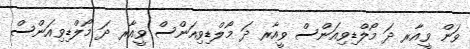
ވަން ވީއާރ ދަ މޯލްޑިވިއަންސް ވީއާރ ދަ މޯލްޑިވިއަންސް ވީއާރ ދަ މޯލްޑިވިއަންސް